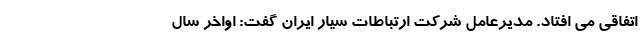
اتفاقی می افتاد. مدیرعامل شرکت ارتباطات سیار ایران گفت: اواخر سال